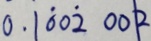
0 . 1 \dot { 0 } 0 \dot { 2 } 0 0 2